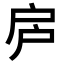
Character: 𢨳